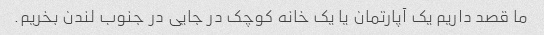
ما قصد داریم یک آپارتمان یا یک خانه کوچک در جایی در جنوب لندن بخریم.